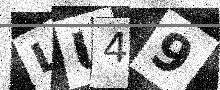
Text: LU49